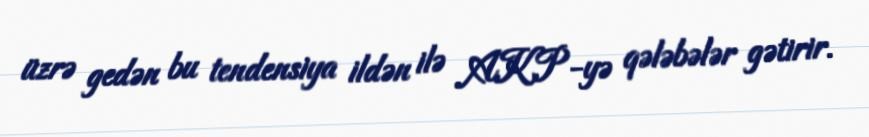
üzrə gedən bu tendensiya ildən ilə AKP-yə qələbələr gətirir.